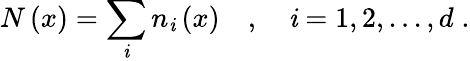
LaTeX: N\left(x\right)=\sum_{\mathit{i}}n_{\mathit{i}}\left(x\right)\quad,\quad\mathit{i}=1,2,...,d\; .